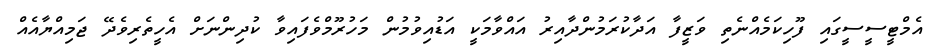
އެމްޓީސީސީގައި ފޫހިކަމެއްނެތި ވަޒީފާ އަދާކުރަމުންދާއިރު އައްވާމަކީ އަޑުއިވުމުން މަހުރޫމްވެފައިވާ ކުދިންނަށް އެހީތެރިވެދޭ ޖަމިއްޔާއެއް